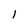
Character: l